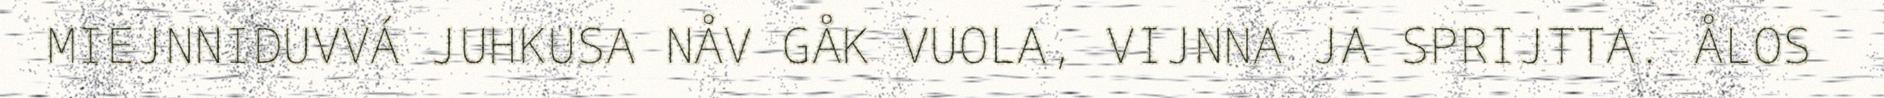
MIEJNNIDUVVÁ JUHKUSA NÅV GÅK VUOLA, VIJNNA JA SPRIJTTA. ÅLOS